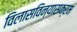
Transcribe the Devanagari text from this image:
विलासविन्यासक्रम